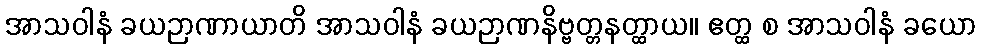
အာသဝါနံ ခယဉာဏာယာတိ အာသဝါနံ ခယဉာဏနိဗ္ဗတ္တနတ္ထာယ။ ဧတ္ထ စ အာသဝါနံ ခယော